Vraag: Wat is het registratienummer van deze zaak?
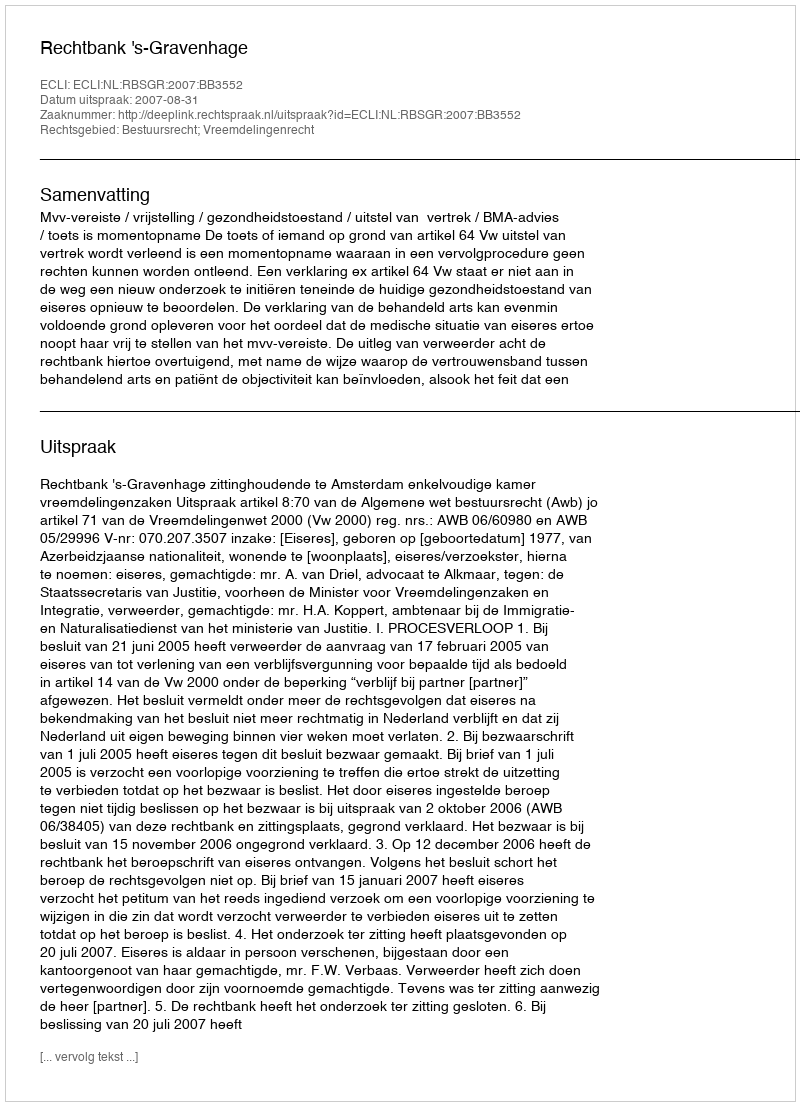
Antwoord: http://deeplink.rechtspraak.nl/uitspraak?id=ECLI:NL:RBSGR:2007:BB3552